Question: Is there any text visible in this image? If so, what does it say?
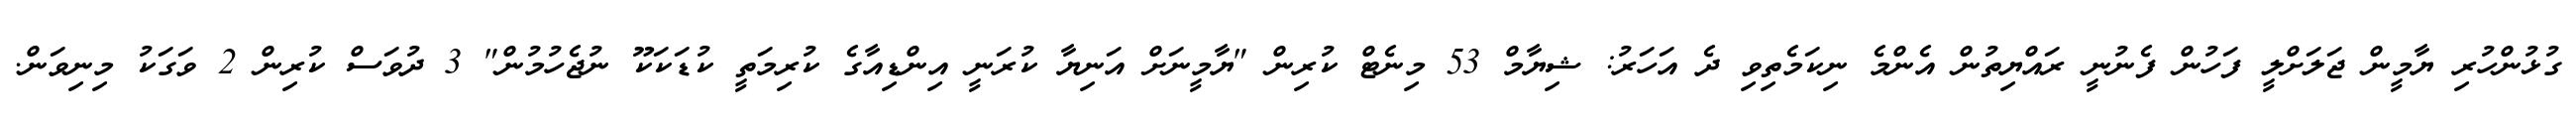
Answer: ގުޅުންހުރި ޔާމީން ޖަލަށްލީ ފަހުން ފެނުނީ ރައްޔިތުން އެންމެ ނިކަމެތިވި ދެ އަހަރު: ޝިޔާމް 53 މިނެޓް ކުރިން "ޔާމީނަށް އަނިޔާ ކުރަނީ އިންޑިއާގެ ކުރިމަތީ ކުޑަކަކޫ ނުޖެހުމުން" 3 ދުވަސް ކުރިން 2 ވަގަކު މިނިވަން.